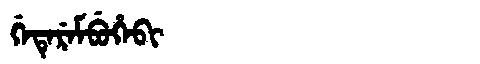
Manchu: ᡤᡝᡨᡝᡵᡝᠮᠪᡠᡥᡝᠪᡳ
Romanization: GETEREMBUHEBI